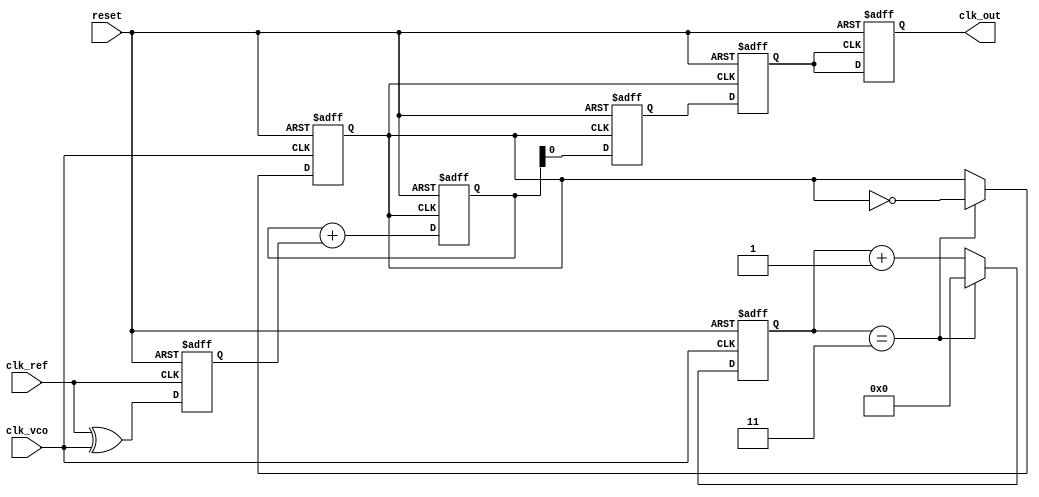
module ADPLL (
    input wire clk_ref,           // Reference clock input
    input wire clk_vco,           // VCO clock output
    input wire reset,             // Asynchronous reset
    output wire clk_out           // Final clock output
);

    // Parameters for VCO and divider
    parameter DIV_FACTOR = 4;     // Example division factor

    // Phase Detector (PD)
    reg phase_error;
    wire pd_output;

    // Frequency Divider
    reg [3:0] freq_div_counter;
    reg clk_div;

    // Loop Filter
    reg [7:0] filter_output;       // Output of the loop filter
    wire [7:0] loop_filter_input;

    // Control Logic
    wire [7:0] vco_control_signal;

    // Digital VCO
    reg [7:0] vco_tuning_word;
    reg vco_out;

    // Memory Block (for tuning values)
    reg [7:0] tuning_memory [0:15]; // Example memory for tuning values

    // Output stage (buffering the VCO output)
    reg clk_out_buf;

    // Initialization and Calibration Logic
    reg [2:0] state;
    reg initialized;

    // Phase Detector
    always @(posedge clk_ref or posedge reset) begin
        if (reset) begin
            phase_error <= 0;
        end else begin
            phase_error <= clk_ref ^ clk_vco; // Simple XOR for phase error
        end
    end

    // Frequency Divider
    always @(posedge clk_vco or posedge reset) begin
        if (reset) begin
            freq_div_counter <= 0;
            clk_div <= 0;
        end else begin
            if (freq_div_counter == DIV_FACTOR - 1) begin
                clk_div <= ~clk_div; // Toggle the divided clock
                freq_div_counter <= 0;
            end else begin
                freq_div_counter <= freq_div_counter + 1;
            end
        end
    end

    // Loop Filter (simple PI Filter)
    always @(posedge clk_div or posedge reset) begin
        if (reset) begin
            filter_output <= 0; // Reset filter output
        end else begin
            filter_output <= filter_output + phase_error; // Proportional part
        end
    end

    // Control Logic
    assign vco_control_signal = filter_output; // Directly use filter output

    // Digital VCO (Simple counter based VCO)
    always @(posedge clk_div or posedge reset) begin
        if (reset) begin
            vco_tuning_word <= 0;
            vco_out <= 0;
        end else begin
            vco_tuning_word <= vco_control_signal; // Update tuning based on control
            vco_out <= vco_tuning_word[0]; // Example VCO output generation
        end
    end

    // Output Stage
    always @(posedge vco_out or posedge reset) begin
        if (reset) begin
            clk_out_buf <= 0;
        end else begin
            clk_out_buf <= vco_out; // Buffer VCO output
        end
    end

    assign clk_out = clk_out_buf; // Final clock output

    // Initialization and Calibration Logic (FSM)
    always @(posedge clk_ref or posedge reset) begin
        if (reset) begin
            state <= 0; // Initial state
            initialized <= 0;
        end else begin
            case (state)
                0: begin
                    // Initialization logic goes here
                    initialized <= 1;
                    state <= 1; // Move to the next state
                end
                1: begin
                    // Calibration logic goes here
                    state <= 1; // Stay in calibration state
                end
            endcase
        end
    end

endmodule